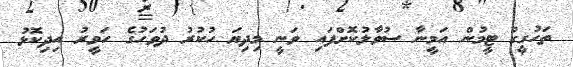
ތަހުގީގު ޓީމުން އަމީނާ ސުވާލުކޮށްފައި ވަނީ މިދިޔަ ހުކުރު ދުވަހުގެ ހަވީރު އިދިކޮޅު